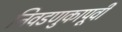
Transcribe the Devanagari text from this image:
निवडणुकापूर्वी